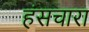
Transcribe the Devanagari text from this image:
हंसचारा